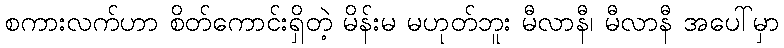
စကားလက်ဟာ စိတ်ကောင်းရှိတဲ့ မိန်းမ မဟုတ်ဘူး မီလာနီ၊ မီလာနီ အပေါ်မှာ